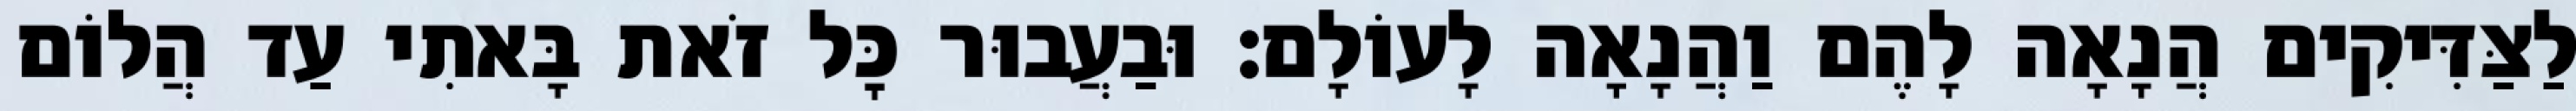
לַצַּדִּיקִים הֲנָאָה לָהֶם וַהֲנָאָה לָעוֹלָם: וּבַעֲבוּר כׇּל זֹאת בָּאתִי עַד הֲלוֹם